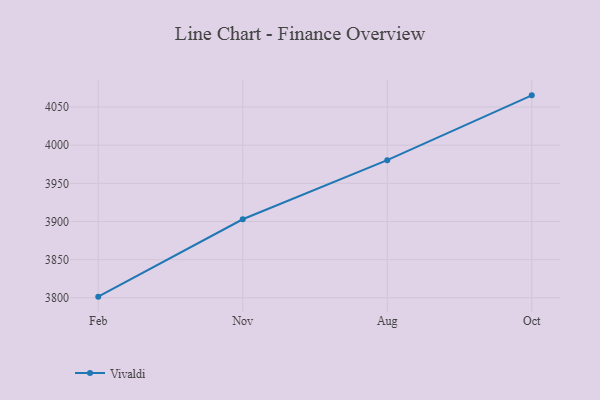
{"axis": {"x": "Month", "y": "Inventory Turnover"}, "legend": ["Vivaldi"], "data": [{"x": "Feb", "y": 3801.5, "type": "Vivaldi"}, {"x": "Nov", "y": 3902.9, "type": "Vivaldi"}, {"x": "Aug", "y": 3980.4, "type": "Vivaldi"}, {"x": "Oct", "y": 4065.3, "type": "Vivaldi"}]}